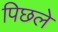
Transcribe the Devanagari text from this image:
पिछले